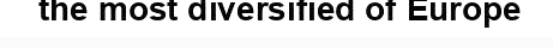
the most diversified of Europe